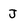
Character: J